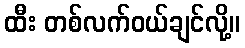
ထီး တစ်လက်ဝယ်ချင်လို့။